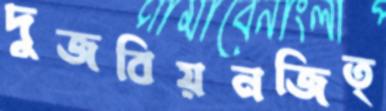
দুজবিয়নজিত্